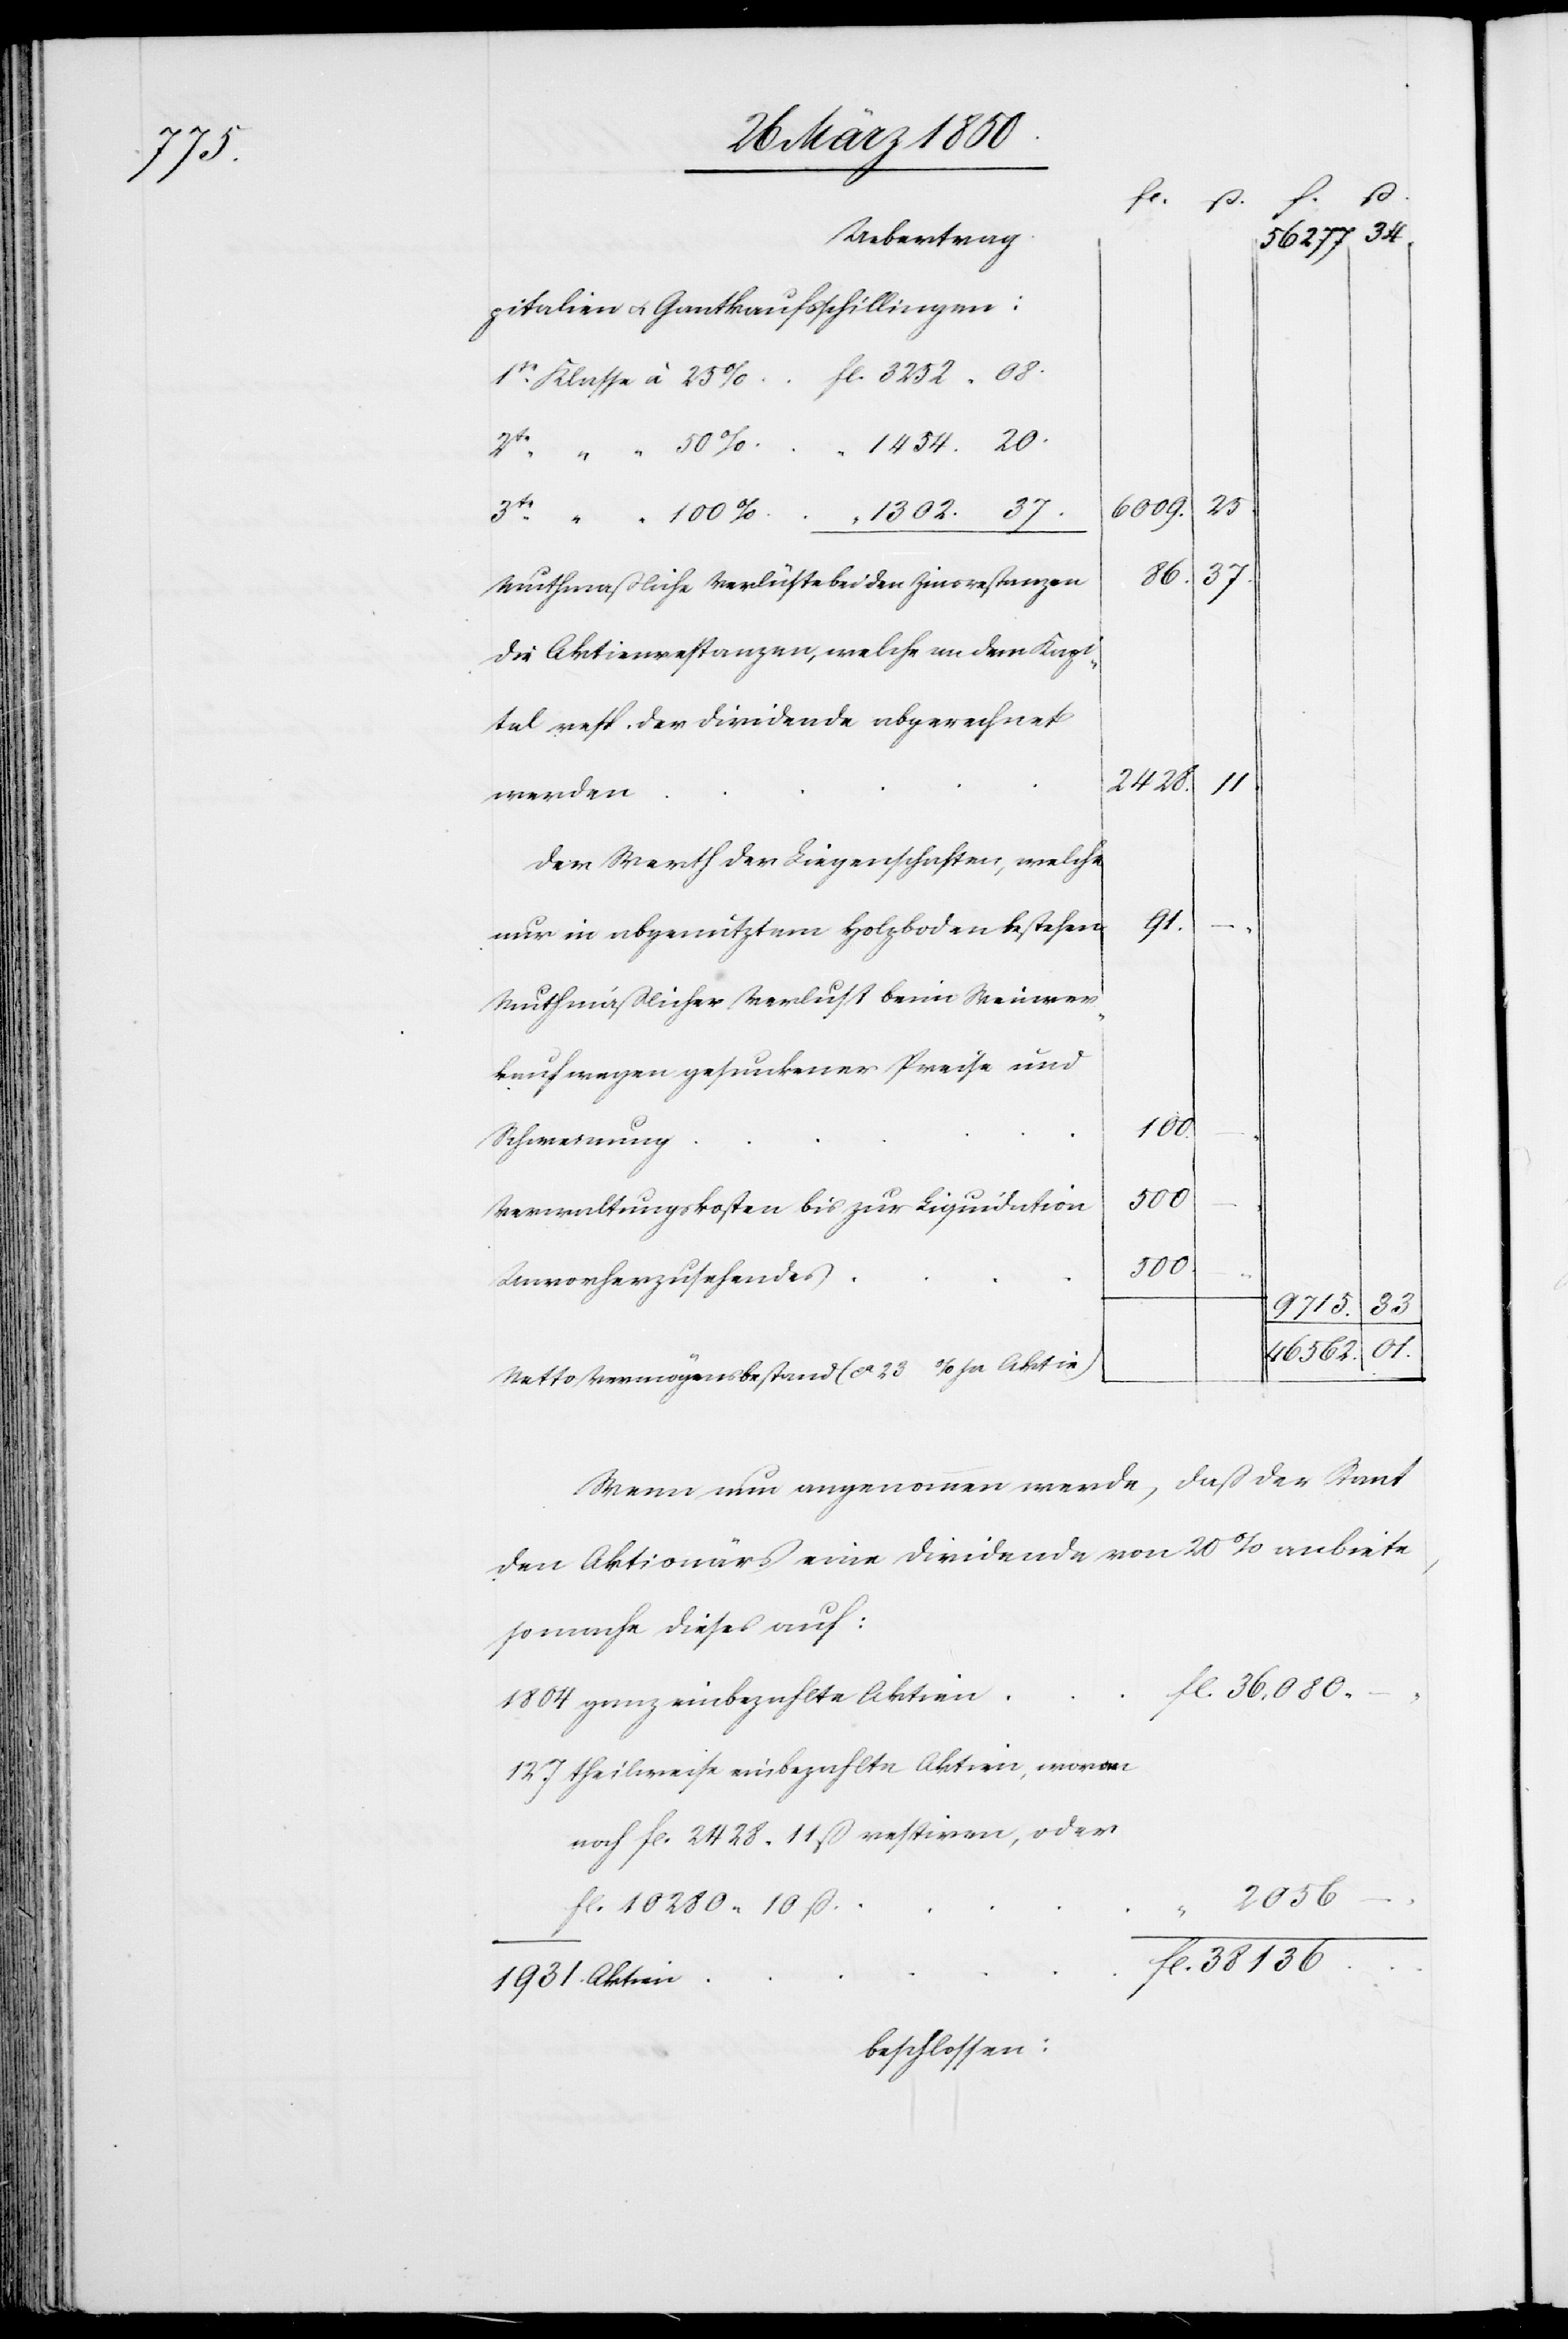
n		fl.

fl.
34.
Uebertrag
56,277.
25.
6009.
86.
37.
Muthmaßliche Verlüste bei den Zinsrestanzen
Die Aktienrestanzen, welche an dem Kapi¬
tal resp. der dividende abgerechnet
38136.
werden
Dem Werth der Liegenschaften, welche
nur in abgenutztem Holzboden bestehen
Muthmaßlicher Verlust beim Weinver¬
kauf wegen gesunkener Preise und
Schweinung
500.
Verwaltungskosten bis zur Liquidation
500
Unvorherzusehendes
20.
33
l.
36,080.
Netto Vermögensbestand (ca 23 % Aktie)
Wenn nun angenommen werde, daß der Staat
den Aktionärs eine Dividende von 20 % anbiete,
so mache dieses auf:
1804 ganz einbezahlte Aktien	f¬
127 theilweise einbezahlte Aktien, woran
noch fl. 2428. 11ß restiren, oder
fl. 10280. 10ß
1931 Aktie¬
beschlossen: